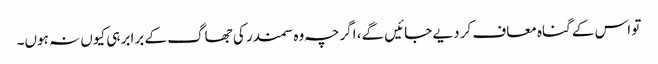
تو اس کے گناہ معاف کر دیے جائیں گے، اگرچہ وہ سمندر کی جھاگ کے برابر ہی کیوں نہ ہوں۔